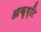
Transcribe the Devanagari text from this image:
आकृष्टि